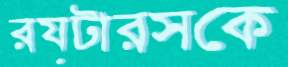
রয়টারসকে